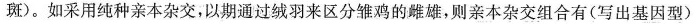
斑)。如采用纯种亲本杂交，以期通过绒羽来区分雏鸡的雌雄，则亲本杂交组合有(写出基因型)